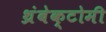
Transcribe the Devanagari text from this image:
थ्रंबेक्टोमी